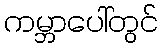
ကမ္ဘာပေါ်တွင်